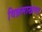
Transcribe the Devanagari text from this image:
विक्रमाखण्ड